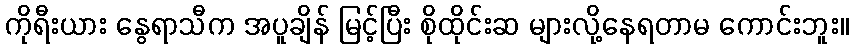
ကိုရီးယား နွေရာသီက အပူချိန် မြင့်ပြီး စိုထိုင်းဆ များလို့နေရတာမ ကောင်းဘူး။